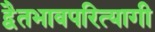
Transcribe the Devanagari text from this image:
द्वैतभावपरित्यागी